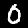
Digit: 0